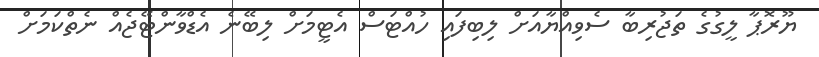
ޔޫރޮޕާ ލީގުގެ ތަޖުރިބާ ސެވިއްޔާއަށް ލިބިފައި ހުއްޓަސް އެޓީމަށް ލިބޭނެ އެޑްވާންޓޭޖެއް ނެތްކަމަށް